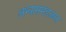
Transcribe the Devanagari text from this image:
अभ्यासमंडळात